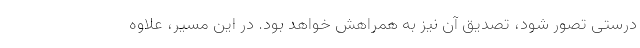
درستی تصور شود، تصدیق آن نیز به همراهش خواهد بود. در این مسیر، علاوه